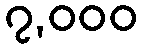
၇,၀၀၀